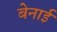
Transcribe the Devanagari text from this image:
बेनाई